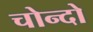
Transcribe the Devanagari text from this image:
चोन्दो